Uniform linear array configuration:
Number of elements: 24
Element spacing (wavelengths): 0.25
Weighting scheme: hamming
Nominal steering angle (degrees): -15
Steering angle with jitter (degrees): -13.835
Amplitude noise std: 0.05
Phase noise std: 0.05

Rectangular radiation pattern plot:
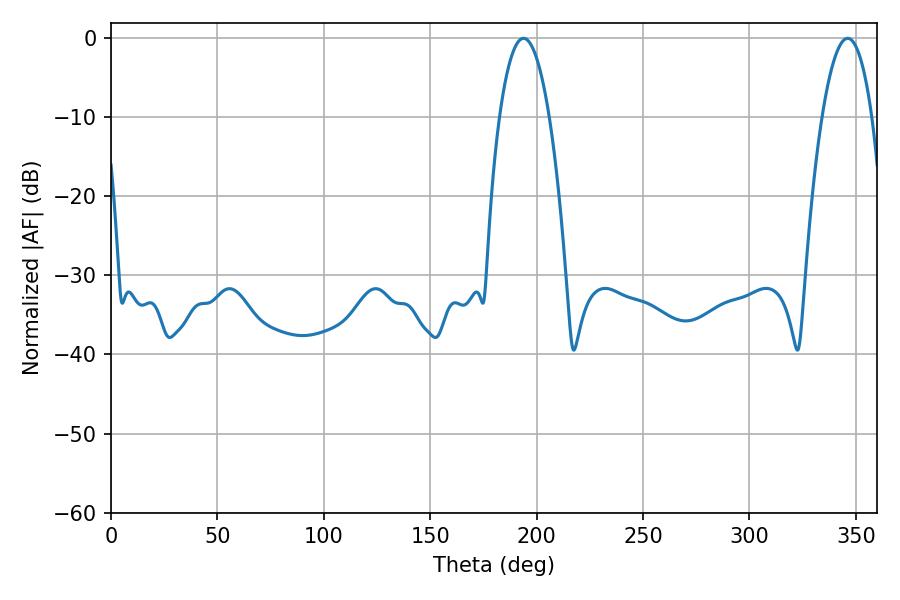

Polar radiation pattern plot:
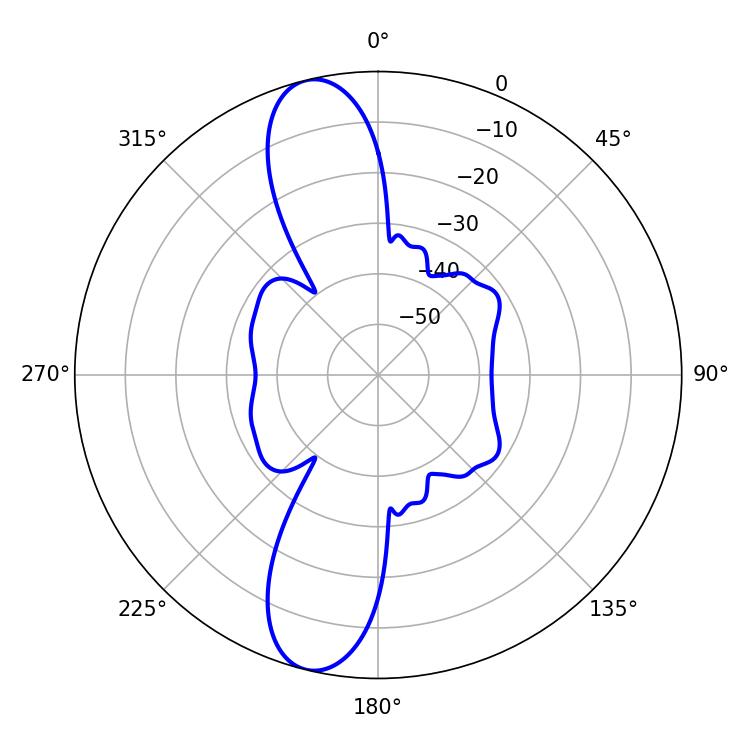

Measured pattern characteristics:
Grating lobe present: FALSE
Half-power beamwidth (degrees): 13.14
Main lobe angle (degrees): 193.86